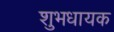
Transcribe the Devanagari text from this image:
शुभधायक